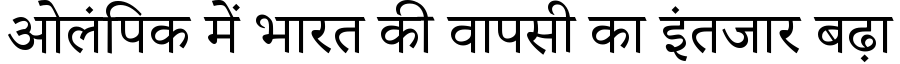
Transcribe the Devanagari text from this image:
ओलंपिक में भारत की वापसी का इंतजार बढ़ा